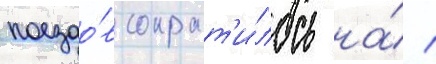
поездо́в сократ'и́лось на́ 1